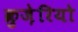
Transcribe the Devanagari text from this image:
क्रुज़ेरियो